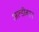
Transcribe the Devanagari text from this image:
अल्डीबरन